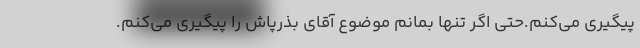
پیگیری می‌کنم.حتی اگر تنها بمانم موضوع آقای بذرپاش را پیگیری می‌کنم.